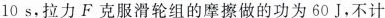
10s，拉力F克服滑轮组的摩擦做的功为60J，不计